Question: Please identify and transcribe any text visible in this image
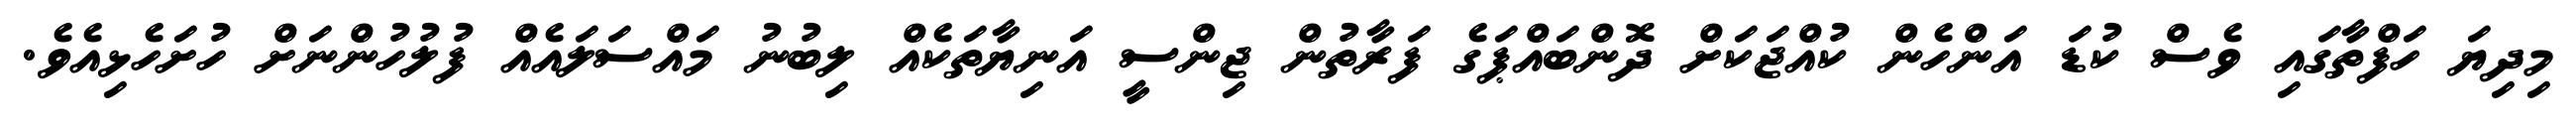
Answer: މިދިޔަ ހަފްތާގައި ވެސް ކުޑަ އަންހެން ކުއްޖަކަށް ދޮންބައްޕަގެ ފަރާތުން ޖިންސީ އަނިޔާތަކެއް ލިބުނު މައްސަލައެއް ފުލުހުންނަށް ހުށަހެޅިއެވެ.